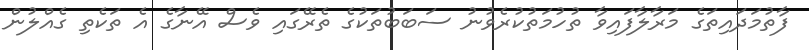
ފާތުމަދައިތަގެ މަރާލާފައިވާ ތުހުމަތުކުރެވުނު ސަބަބުތަކުގެ ތެރޭގައި ވެސް އޭނާގެ އެ ތަކެތި ގެއްލުން